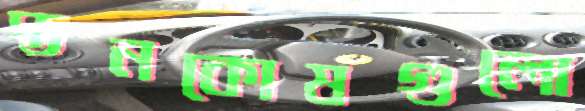
স্তনকোষগুলো